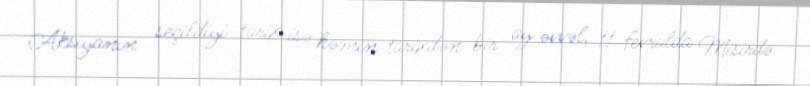
Aksiyanın seçildiyi tarix isə həmin tarixdən bir ay əvvəl, 11 fevralda Misirdə